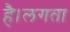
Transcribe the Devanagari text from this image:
है।लगता